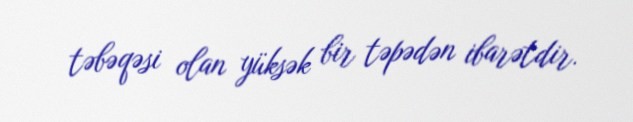
təbəqəsi olan yüksək bir təpədən ibarətdir.